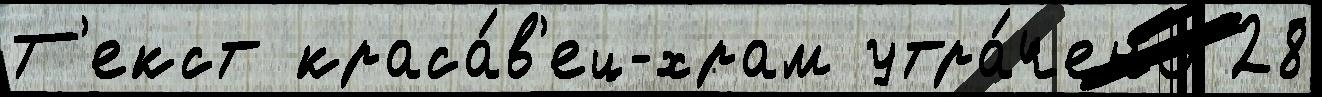
Т'екст краса́в'ец-храм утра́чено 28